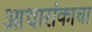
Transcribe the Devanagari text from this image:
आधारांकाचा